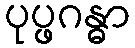
ပုပ္ဖဂန္ဓာ